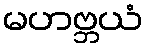
မဟဗ္ဘယံ